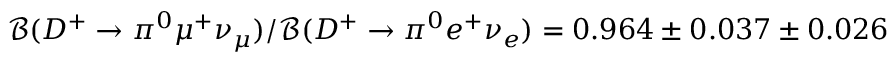
{ \mathcal B } ( D ^ { + } \to \pi ^ { 0 } \mu ^ { + } \nu _ { \mu } ) / { \mathcal B } ( D ^ { + } \to \pi ^ { 0 } e ^ { + } \nu _ { e } ) = 0 . 9 6 4 \pm 0 . 0 3 7 \pm 0 . 0 2 6